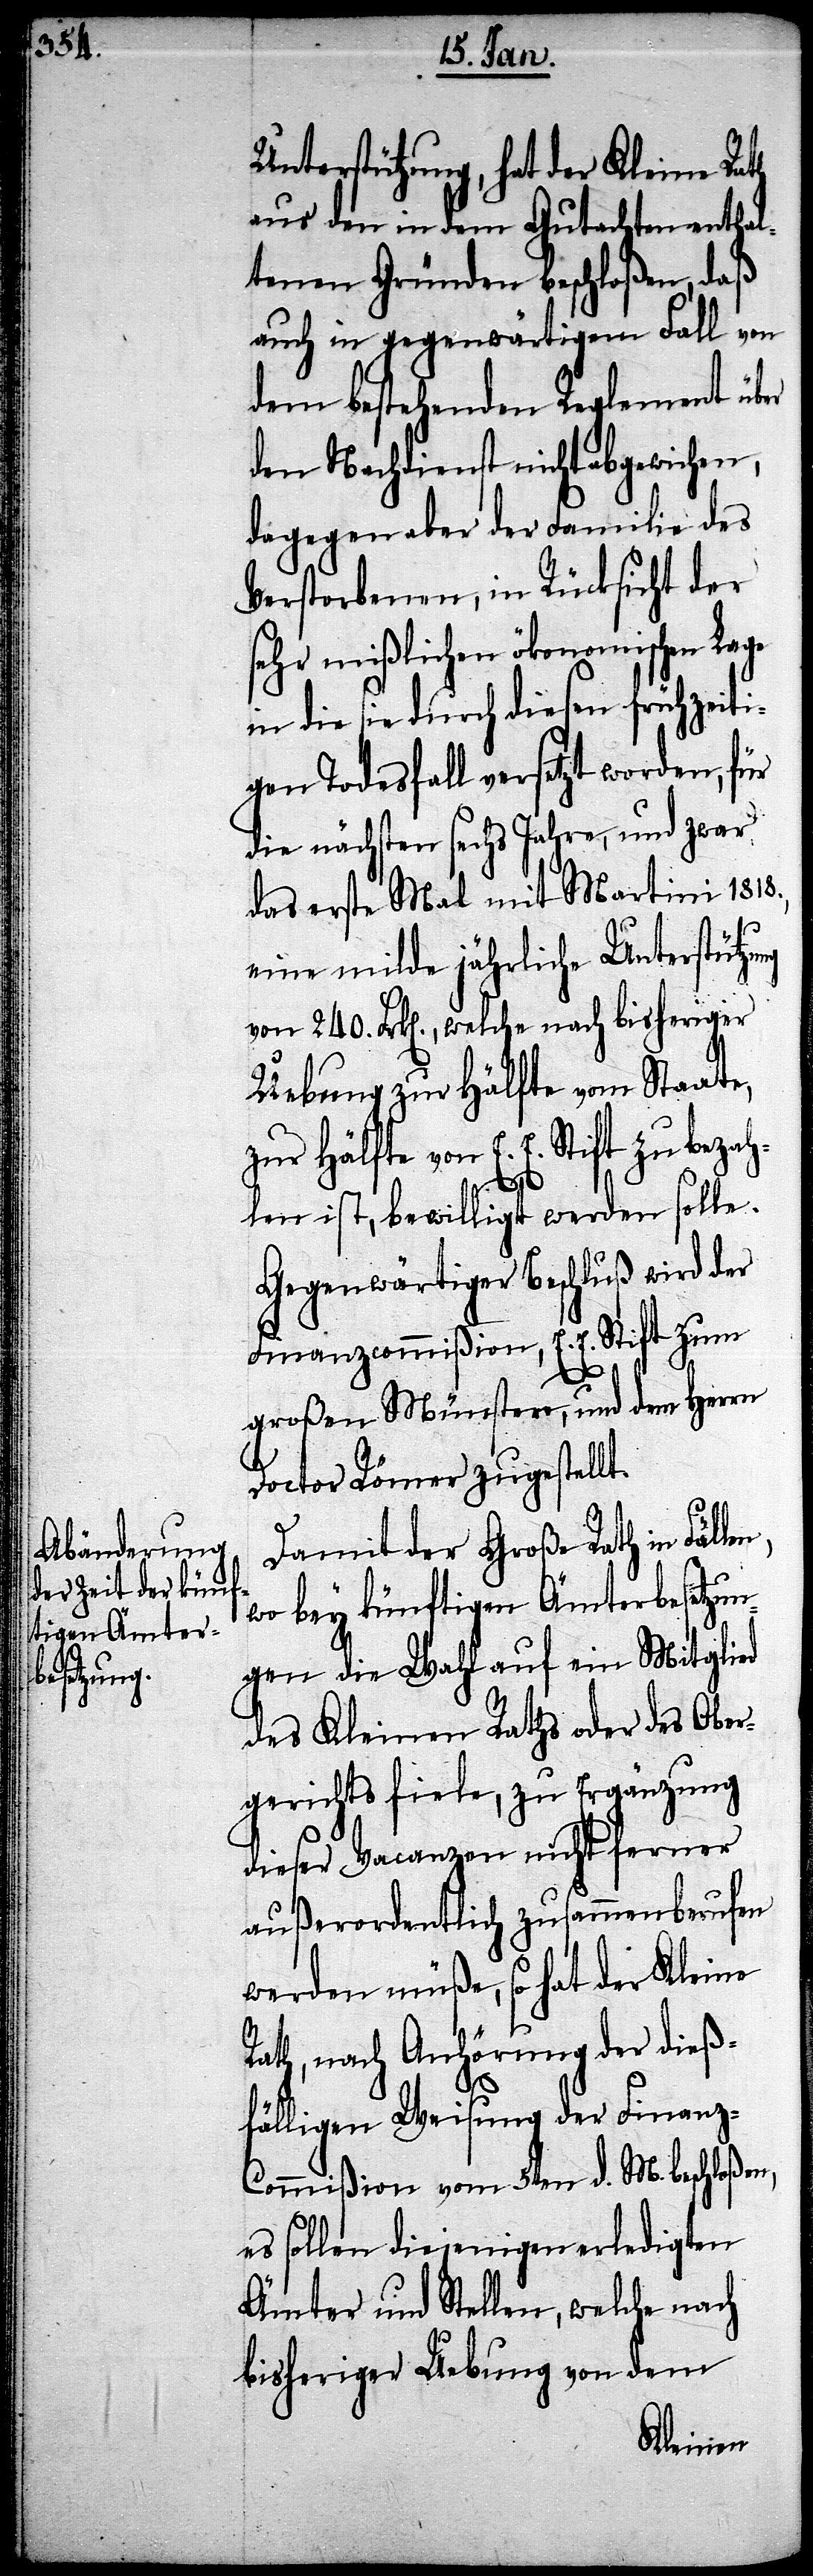
Unterstützung, hat der Kleine Rath
aus den in dem Gutachten enthal¬
tenen Gründen beschloßen, daß
auch in gegenwärtigem Fall von
dem bestehenden Reglement über
den Nachdienst nicht abgewichen,
dagegen aber der Familie des
Verstorbenen, in Rücksicht der
sehr mißlichen ökonomischen Lage
in die sie durch diesen frühzeiti¬
gen Todesfall versetzt worden, für
die nächsten sechs Jahre, und zwar
das erste Mal mit Martini 1818.,
eine milde jährliche Unterstützung
von 240. Frk[en]., welche nach bisheriger
Uebung zur Hälfte vom Staate,
zur Hälfte von E. E. Stift zu bezah¬
len ist, bewilligt werden solle.
Gegenwärtiger Beschluß wird der
Finanzcommißion, E. E. Stift zum
großen Münster, und dem Herrn
Doctor Römer zugestellt.
Damit der Große Rath in
wo bey künftigen Ämterbesetzu¬
ngen die Wahl auf ein Mitglied
des Kleinen Raths oder des Ober¬
gerichts fiele, zu Ergänzung
dieser Vacanzen nicht ferner
außerordentlich zusammenberufen
werden müße, so hat der Kleine
Rath, nach Anhörung der dieß¬
fälligen Weisung der Finanz-C¬
ommißion vom 5ten d. M. beschloßen,
es sollen diejenigen erledigten
Ämter und Stellen, welche nach
bisheriger Uebung von dem